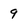
Character: 9